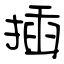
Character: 插